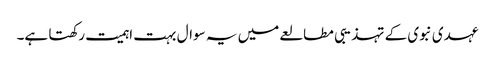
عہدی نبوی کے تہذیبی مطالعے میں یہ سوال بہت اہمیت رکھتا ہے۔